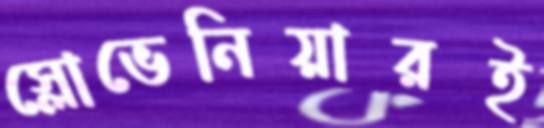
স্লোভেনিয়ারই